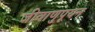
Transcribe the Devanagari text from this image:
जीवाणुपूयन